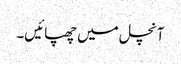
آنچل میں چھپائیں۔